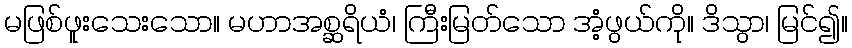
မဖြစ်ဖူးသေးသော။ မဟာအစ္ဆရိယံ၊ ကြီးမြတ်သော အံ့ဖွယ်ကို။ ဒိသွာ၊ မြင်၍။